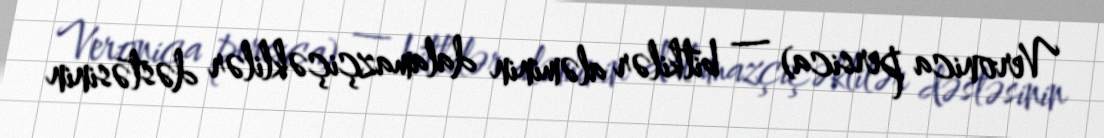
Veronica persica) — bitkilər aləminin dalamazçiçəklilər dəstəsinin